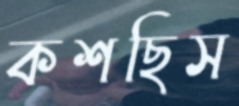
কশছিস